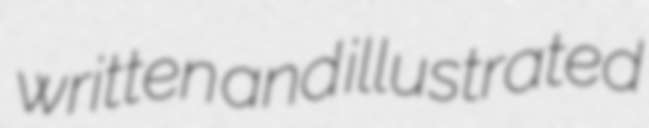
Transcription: written and illustrated